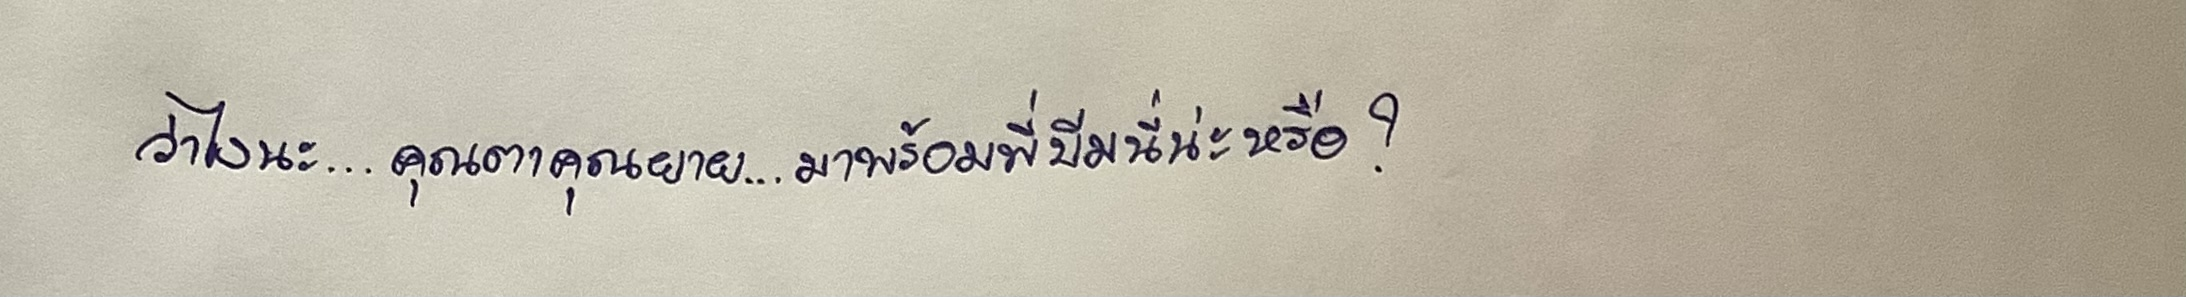
ว่าไงนะ...คุณตาคุณยายมา...มาพร้อมพี่บีมนี่น่ะหรือ?